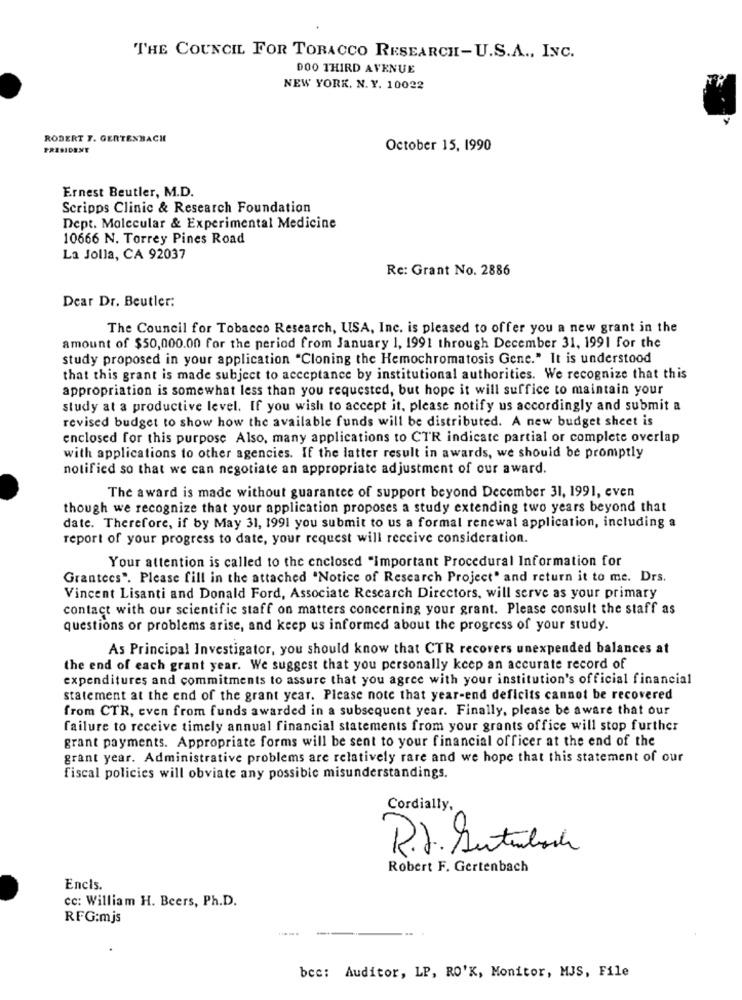
THE COUNCIL FOR TOBACCO RESEARCH-U.S.A ., INC.
DOO THIRD AVENUE
NEW YORK. N. Y. 10022
ROBERT F. GERTENBACH
October 15, 1990
Ernest Beutler, M.D.
Scripps Clinic & Research Foundation
Dept. Molecular & Experimental Medicine
10666 N. Torrey Pines Road
La Jolla, CA 92037
Re: Grant No. 2886
Dear Dr. Beutler:
The Council for Tobacco Research, USA, Inc. is pleased to offer you a new grant in the
amount of $50,000.00 for the period from January 1, 1991 through December 31, 1991 for the
study proposed in your application "Cloning the Hemochromatosis Gene." It is understood
that this grant is made subject to acceptance by institutional authorities. We recognize that this
appropriation is somewhat less than you requested, but hope it will suffice to maintain your
study at a productive level. If you wish to accept it, please notify us accordingly and submit a
revised budget to show how the available funds will be distributed. A new budget sheet is
enclosed for this purpose Also, many applications to CTR indicate partial or complete overlap
with applications to other agencies. If the latter result in awards, we should be promptly
notified so that we can negotiate an appropriate adjustment of our award.
The award is made without guarantee of support beyond December 31, 1991, even
though we recognize that your application proposes a study extending two years beyond that
date. Therefore, if by May 31, 1991 you submit to us a formal renewal application, including a
report of your progress to date, your request will receive consideration.
Your attention is called to the enclosed "Important Procedural Information for
Grantees". Please fill in the attached "Notice of Research Project" and return it to me. Drs.
Vincent Lisanti and Donald Ford, Associate Research Directors, will serve as your primary
contact with our scientific staff on matters concerning your grant. Please consult the staff as
questions or problems arise, and keep us informed about the progress of your study.
As Principal Investigator, you should know that CTR recovers unexpended balances at
the end of each grant year. We suggest that you personally keep an accurate record of
expenditures and commitments to assure that you agree with your institution's official financial
statement at the end of the grant year. Please note that year-end deficits cannot be recovered
from CTR, even from funds awarded in a subsequent year. Finally, please be aware that our
failure to receive timely annual financial statements from your grants office will stop further
grant payments. Appropriate forms will be sent to your financial officer at the end of the
grant year. Administrative problems are relatively rare and we hope that this statement of our
fiscal policies will obviate any possible misunderstandings.
Cordially,
R.J. Sutuback
Robert F. Gertenbach
Encis.
cc: William H. Beers, Ph.D.
RFG:mjs
.....
bcc: Auditor, LP, RO'K, Monitor, MJS, File